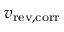
v _ { \mathrm { r e v , c o r r } }